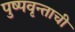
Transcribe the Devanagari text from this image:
पुष्पवृन्ताची